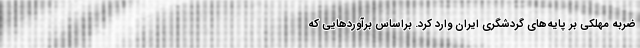
ضربه مهلکی بر پایه‌های گردشگری ایران وارد کرد. براساس برآوردهایی که